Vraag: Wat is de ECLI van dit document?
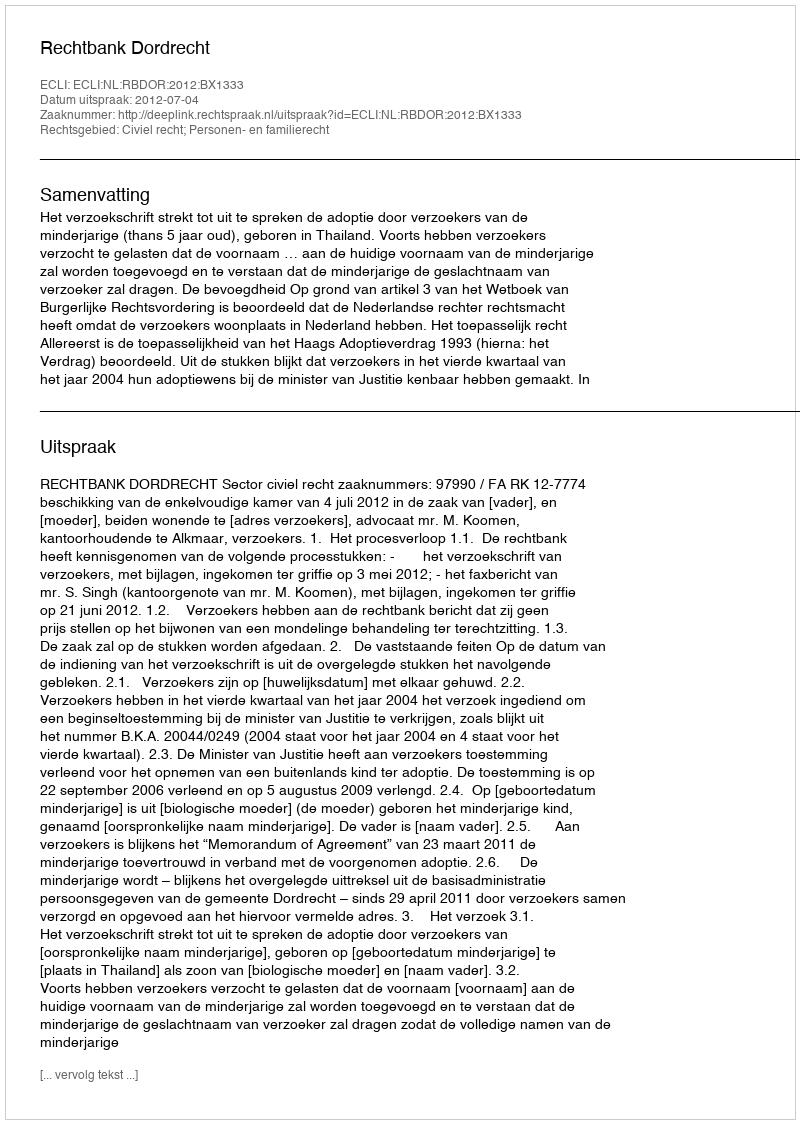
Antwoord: ECLI:NL:RBDOR:2012:BX1333